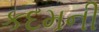
કદમની